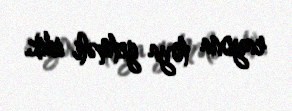
rayona toya getməli idik.